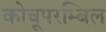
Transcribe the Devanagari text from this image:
कोचूपरम्बिल